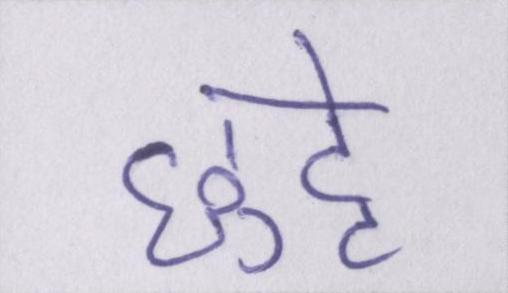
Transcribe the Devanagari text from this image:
छुट्टे